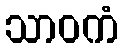
သာဝကံ